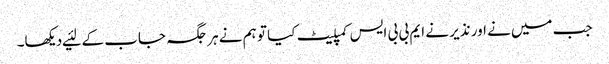
جب میں‌نے اور نذیر نے ایم بی بی ایس کمپلیٹ کیا تو ہم نے ہر جگہ جاب کے لئیے دیکھا۔